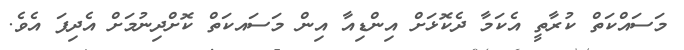
މަސައްކަތް ކުރާތީ އެކަމާ ދެކޮޅަށް އިންޑިއާ އިން މަސައކަތް ކޮށްދިނުމަށް އެދިފަ އެވެ.